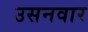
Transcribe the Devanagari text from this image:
उसनवार